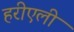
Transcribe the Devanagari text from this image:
हरीएली